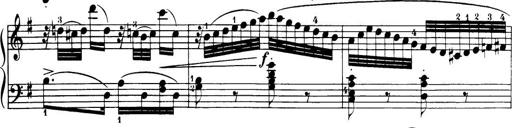
Title: 32 Sonatinas and Rondos for the Piano
Composer: Richard Kleinmichel